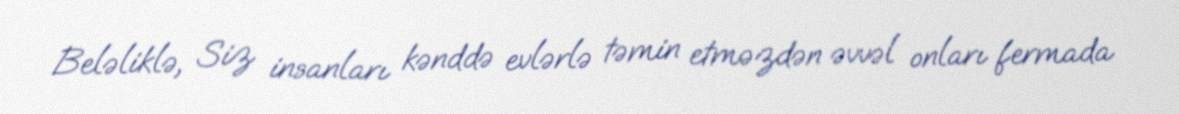
Beləliklə, Siz insanları kənddə evlərlə təmin etməzdən əvvəl onları fermada